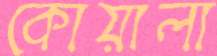
কোয়ালা